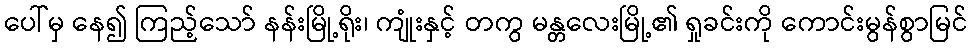
ပေါ်မှ နေ၍ ကြည့်သော် နန်းမြို့ရိုး၊ ကျုံးနှင့် တကွ မန္တလေးမြို့၏ ရှုခင်းကို ကောင်းမွန်စွာမြင်